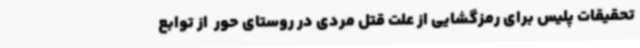
تحقیقات پلیس برای رمزگشایی از علت قتل مردی در روستای حور  از توابع